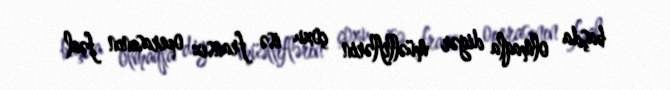
başda olmaqla digər müəlliflərin çoxu isə fransız operasının fəal